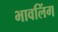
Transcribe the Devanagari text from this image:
भावलिंग